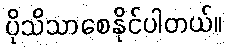
ပိုသိသာစေနိုင်ပါတယ်။